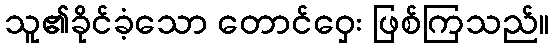
သူ၏ခိုင်ခံ့သော တောင်ဝှေး ဖြစ်ကြသည်။